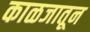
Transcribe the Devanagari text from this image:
काळजातून